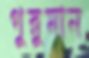
গুরুমান